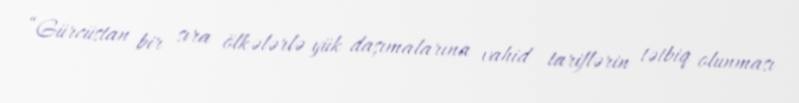
“Gürcüstan bir sıra ölkələrlə yük daşımalarına vahid tariflərin tətbiq olunması